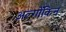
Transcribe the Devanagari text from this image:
अल्गोंकिन